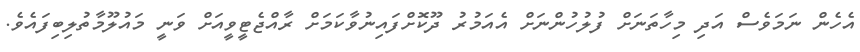
އެހެން ނަމަވެސް އަދި މިހާތަނަށް ފުލުހުންނަށް އެއަމުރު ދޫކޮށްފައިނުވާކަމަށް ރާއްޖެޓީވީއަށް ވަނީ މައުލޫމާތުލިބިފައެވެ.